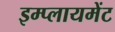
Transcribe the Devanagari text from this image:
इम्प्लायमेंट